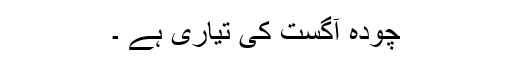
چودہ آگست کی تیاری ہے ۔